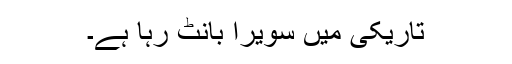
تاریکی میں سویرا بانٹ رہا ہے۔